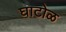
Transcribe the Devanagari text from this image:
घाटोळ